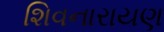
શિવનારાયણ